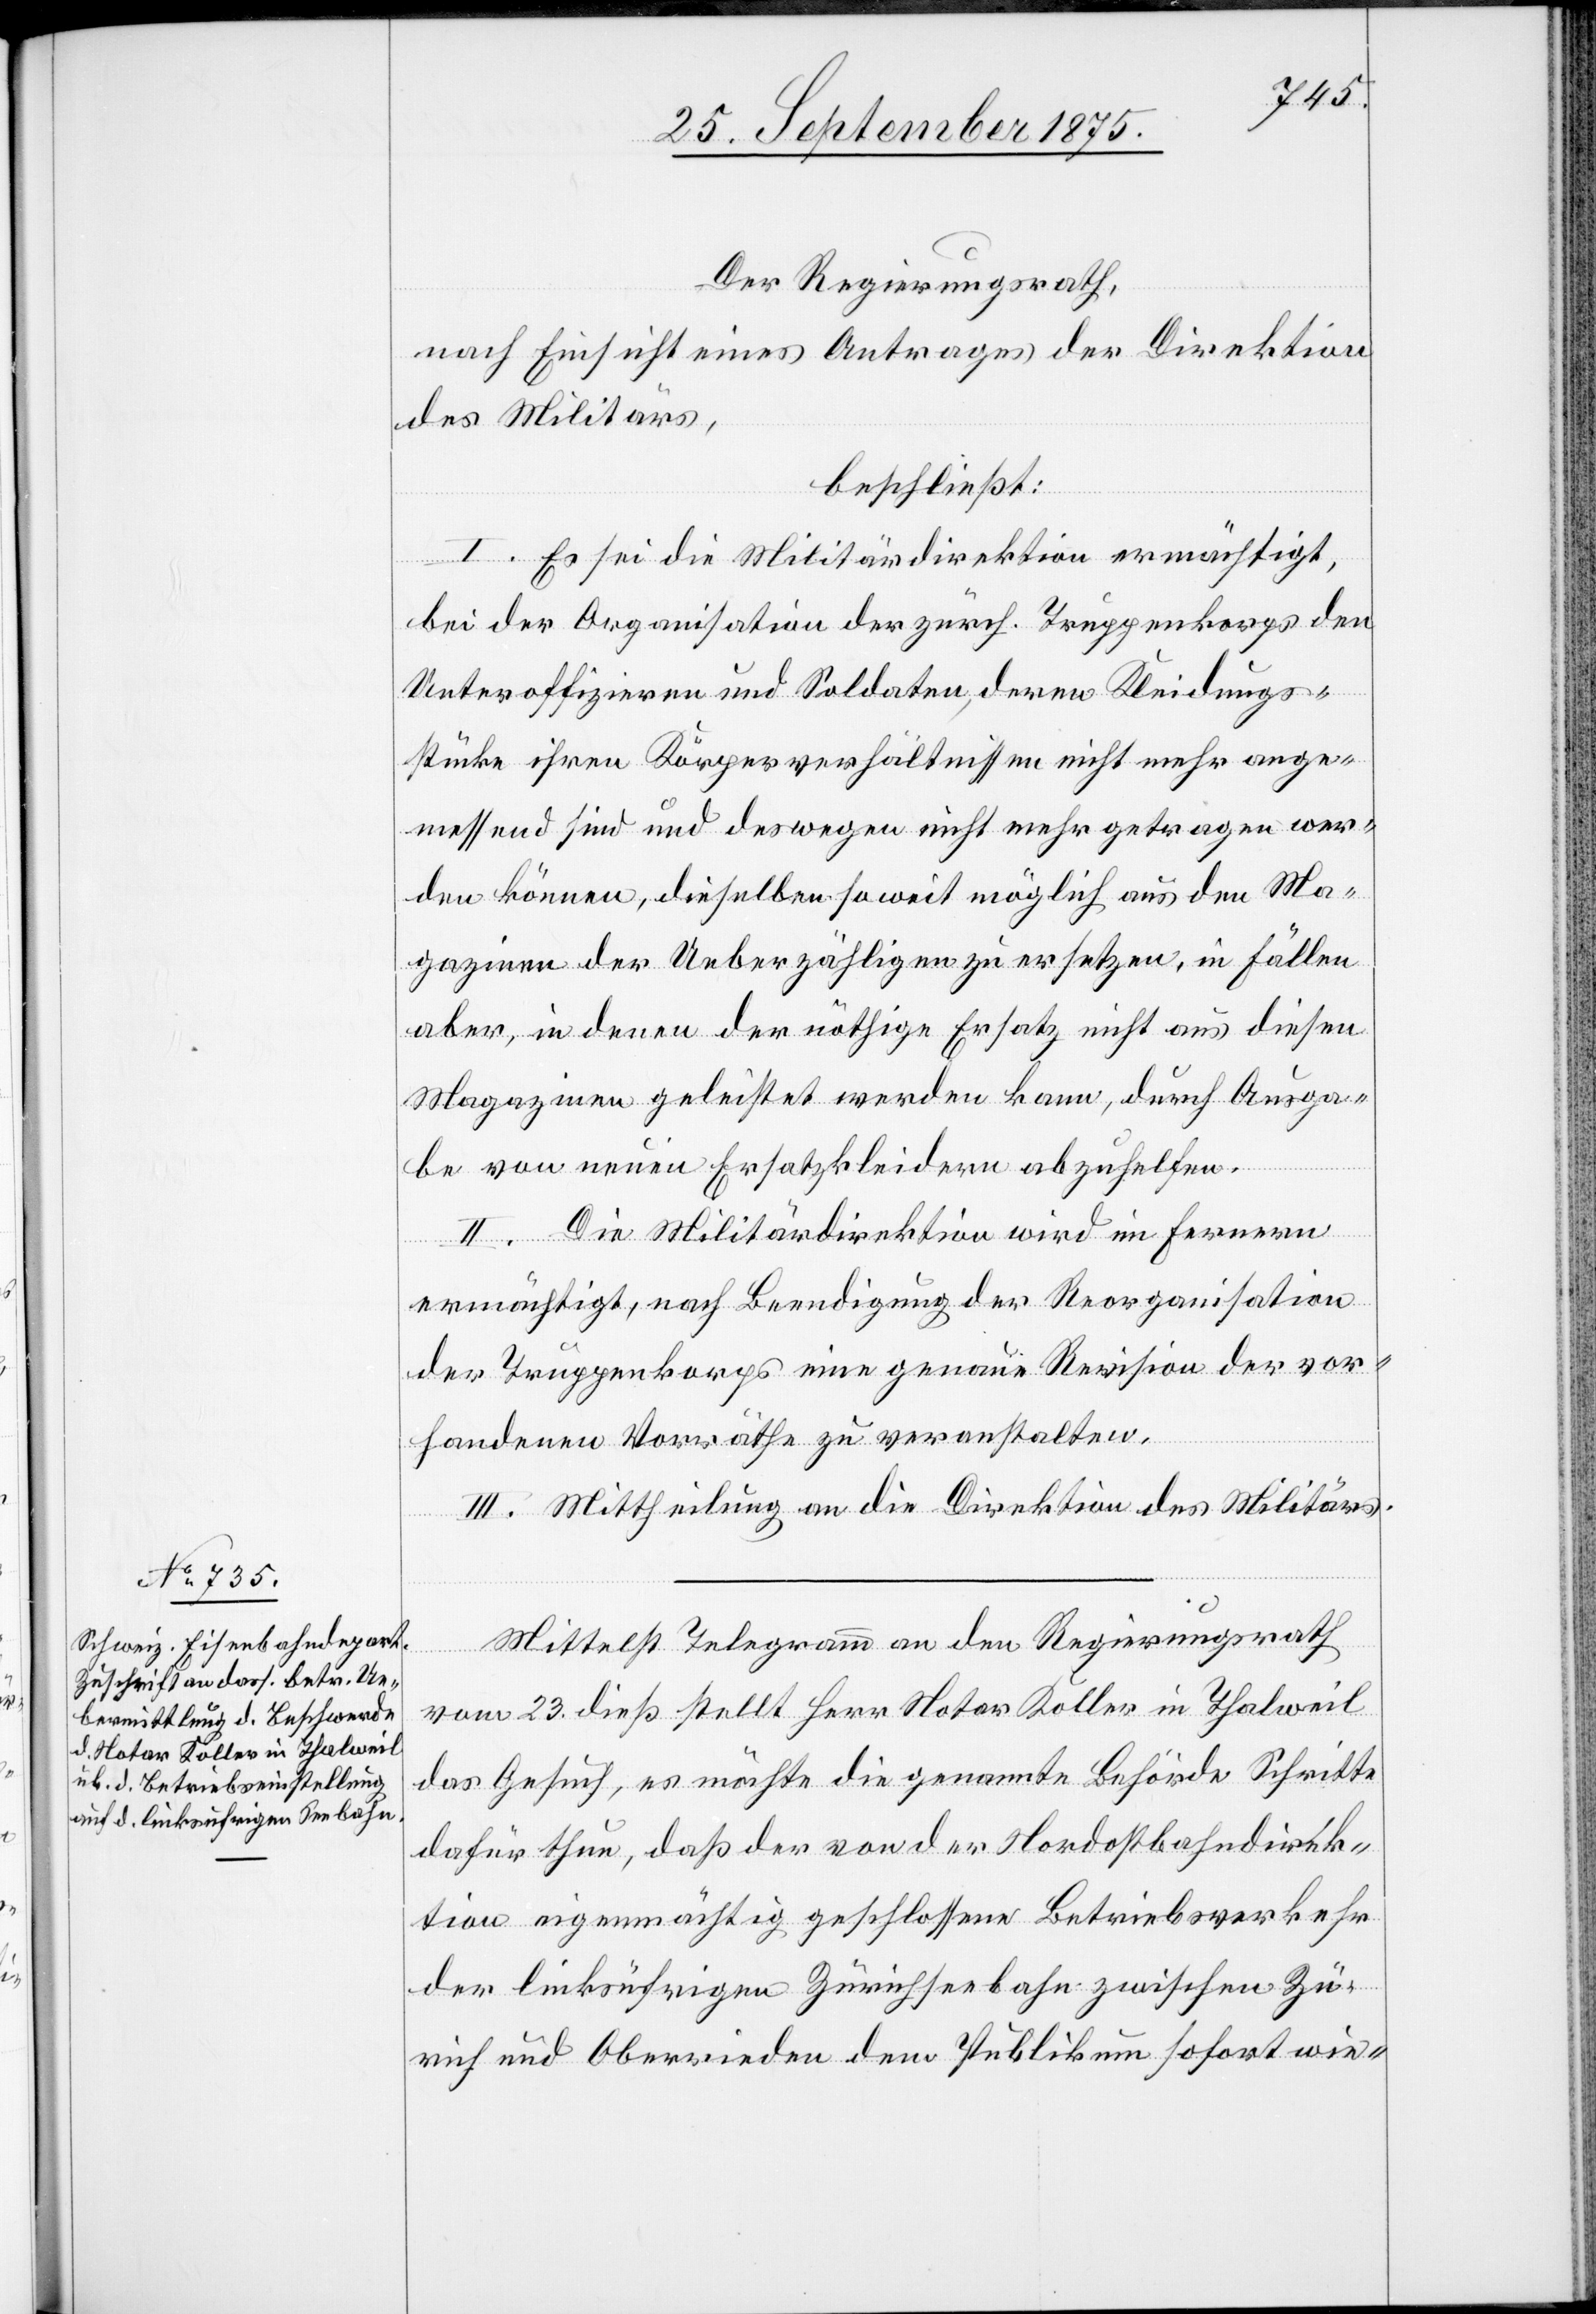
Der Regierungsrath,
nach Einsicht eines Antrages der Direktion
des Militärs,
beschließt:
I. Es sei die Militärdirektion ermächtigt,
bei der Organisation der zürch. Truppenkorps den
Unteroffizieren und Soldaten, deren Kleidungs¬
stücke ihren Körperverhältnissen nicht mehr ange¬
den können, dieselben soweit möglich aus den Ma¬
gazinen der Ueberzähligen zu ersetzen, in Fällen
aber, in denen der nöthige Ersatz nicht aus diesen
Magazinen geleistet werden kann, durch Ausga¬
be von neuen Ersatzkleidern abzuhelfen.
II. Die Militärdirektion wird im Fernern
mehr
ermächtigt, nach Beendigung der Reorganisation
der Truppenkorps eine genaue Revision der vor¬
handenen Vorräthe zu veranstalten.
III. Mittheilung an die Direktion des Militärs.
wer¬
Mittelst Telegramm an den Regierungsrath
getragen
vom 23. dieß stellt Herr Notar Koller in Thalweil
das Gesuch, es möchte die genannte Behörde Schritte
dafür thun, daß der von der Nordostbahndirek¬
tion eigenmächtig geschlossene Betriebsverkehr
der linksufrigen Zürichseebahn zwischen Zü¬
rich und Oberrieden dem Publikum sofort wie-